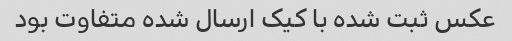
عکس ثبت شده با کیک ارسال شده متفاوت بود